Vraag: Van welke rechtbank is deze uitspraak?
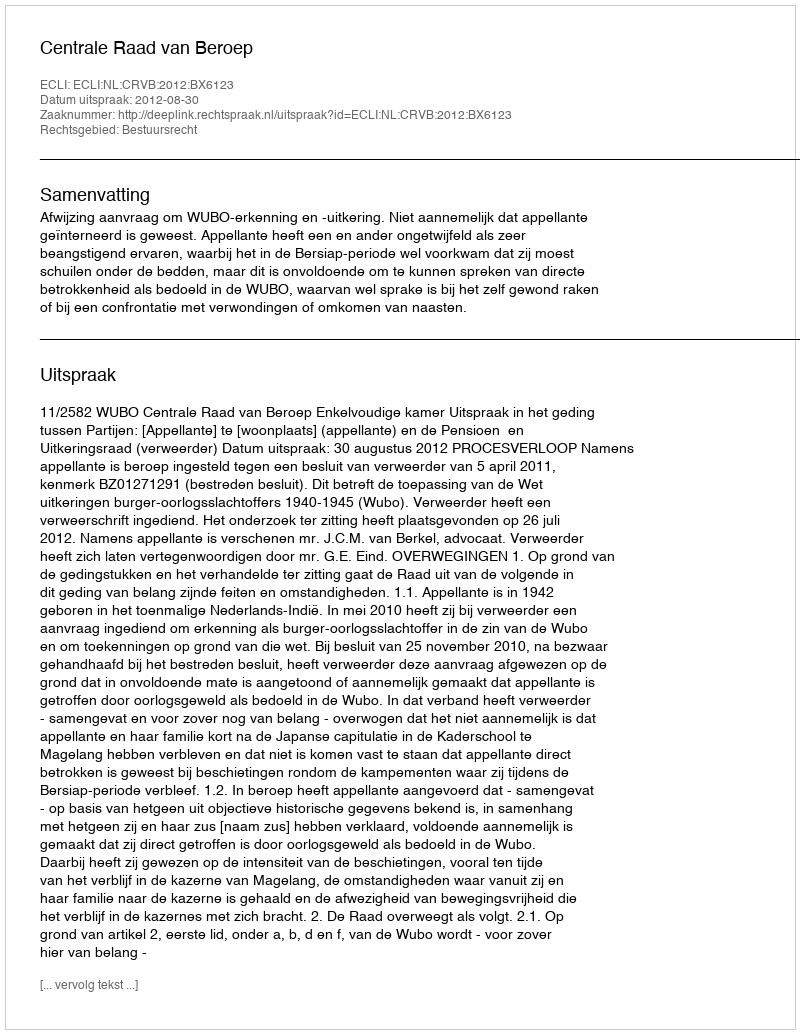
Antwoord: Centrale Raad van Beroep